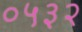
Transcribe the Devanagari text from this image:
०५३२